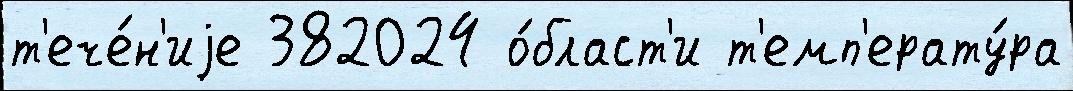
т'ече́н'иjе 382024 о́бласт'и т'емп'ерату́ра